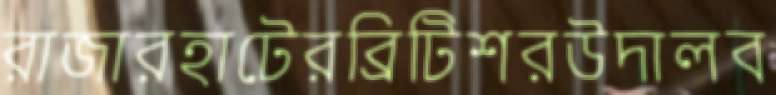
রাজারহাটেরব্রিটিশরউদালব